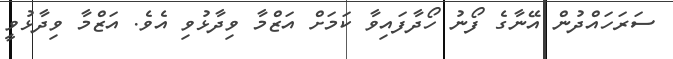
ސަރަހައްދުން އޭނާގެ ފޯނު ހޯދާފައިވާ ކަމަށް އަޒްމާ ވިދާޅުވި އެވެ. އަޒްމާ ވިދާޅުވީ